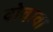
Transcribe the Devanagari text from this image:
दोवावा